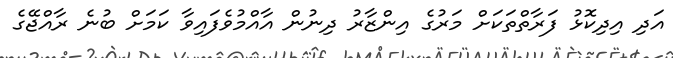
އަދި އިދިކޮޅު ފަރާތްތަކަށް މަރުގެ އިންޒާރު ދިނުން އާއްމުވެފައިވާ ކަމަށް ބުނެ ރާއްޖޭގެ